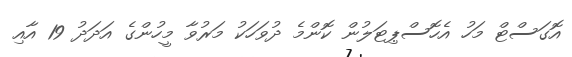
އޮގަސްޓް މަހު އެހޮސްޕިޓަލުން ކޮންމެ ދުވަހަކު މަރުވާ މީހުންގެ އަދަދު 19 އާއި